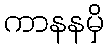
ကာနနမှိ